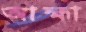
আহ্মা